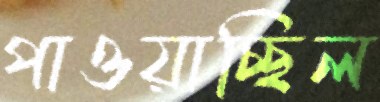
পাওয়াচ্ছিল